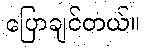
ပြောချင်တယ်။